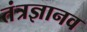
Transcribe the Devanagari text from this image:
तंत्रज्ञानव